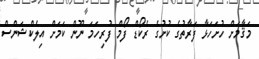
މަޤާމަށް ހުށަހަޅާ ފަރާތުގެ ކުށުގެ ރެކޯޑް ފޯމް ފުރިހަމަ ނޫން ކަމަށް އިލެކްޝަންސް